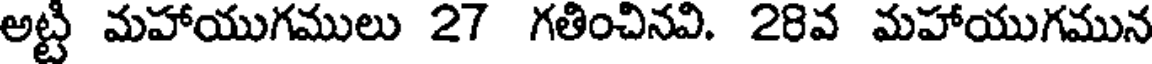
అట్టి మహాయుగములు 27 గతించినవి. 28వ మహాయుగమున